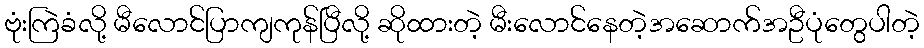
ဗုံးကြဲခံလို့ မီလောင်ပြာကျကုန်ပြီလို့ ဆိုထားတဲ့ မီးလောင်နေတဲ့အဆောက်အဦပုံတွေပါတဲ့